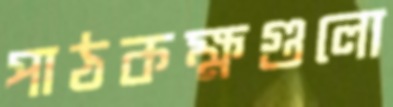
পাঠকক্ষগুলো